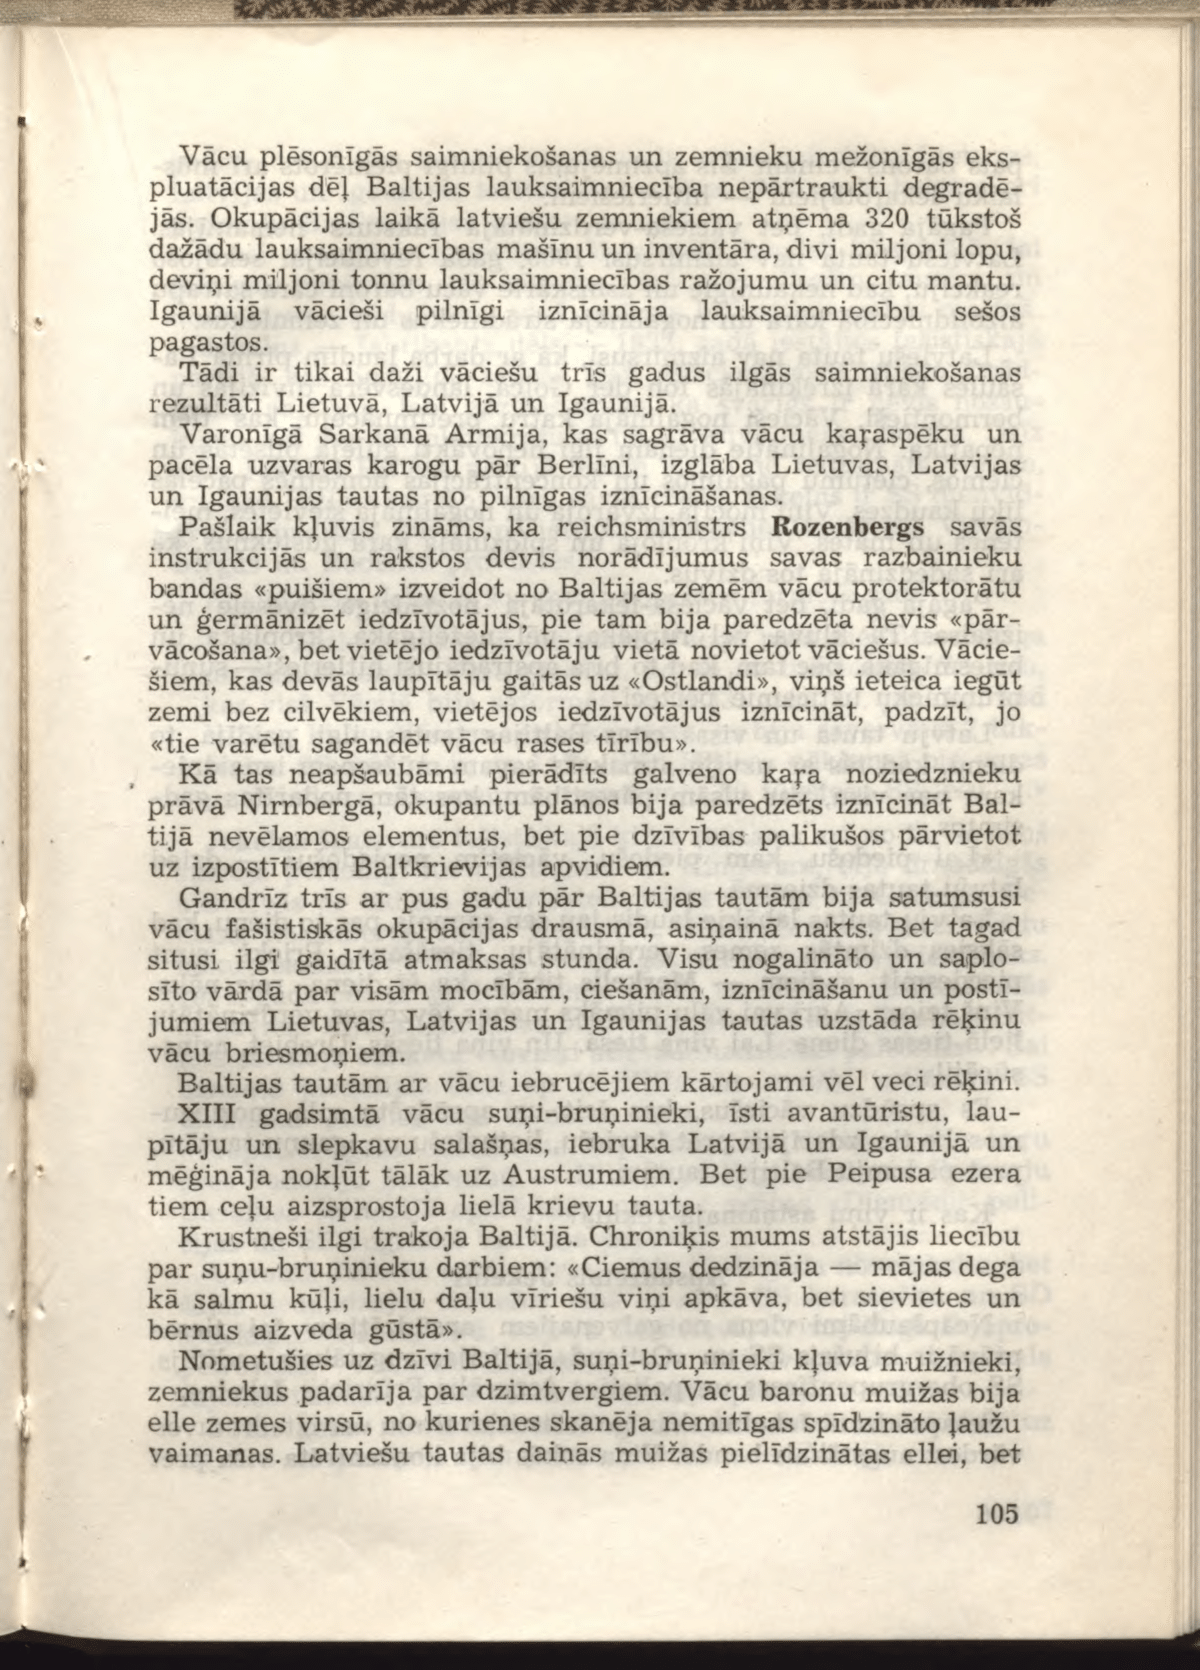
Language: lv